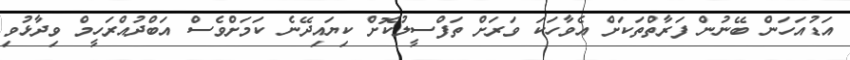
އަޑުއަހަން ބޭނުން ފަރާތްތަކަށް އެވާހަކަ ވަރަށް ތަފްސީލުކޮށް ކިޔައިދޭނެ ކަމަށްވެސް އަބްދުއްރަހީމް ވިދާޅުވި